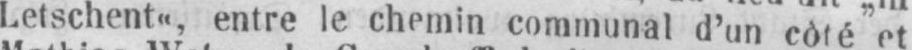
Letschent“, entre le chemin communal d’un còté et